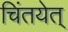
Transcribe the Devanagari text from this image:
चिंतयेत्